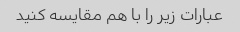
عبارات زیر را با هم مقایسه کنید